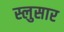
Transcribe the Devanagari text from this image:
स्लुसार